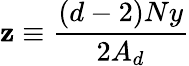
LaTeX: \mathbf{z}\equiv\frac{{(d-2)Ny}}{{2A_{d}}}